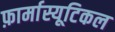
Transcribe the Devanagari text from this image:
फ़ार्मास्यूटिकल